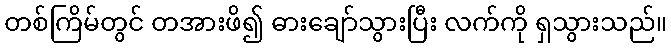
တစ်ကြိမ်တွင် တအားဖိ၍ ဓားချော်သွားပြီး လက်ကို ရှသွားသည်။